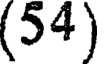
(54)